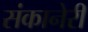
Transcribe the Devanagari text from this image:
संकानेरी